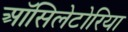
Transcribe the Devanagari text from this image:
ऑसिलेटोरिया